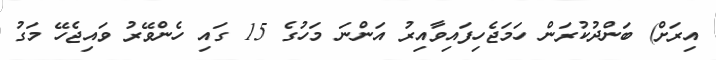
އިރަށް) ބަންދުކުރަން ހަމަޖެހިފައިވާއިރު އަންނަ މަހުގެ 15 ގައި ހެންވޭރު ވައިޖެހޭ މަގު